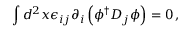
\int d ^ { 2 } x \epsilon _ { i j } \partial _ { i } \left( \phi ^ { \dagger } D _ { j } \phi \right) = 0 \, ,